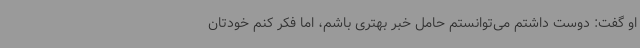
او گفت: دوست داشتم می‌توانستم حامل خبر بهتری باشم، اما فکر کنم خودتان